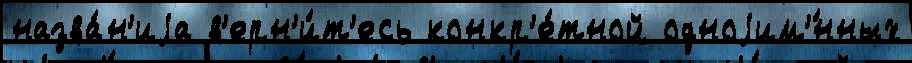
назва́н'иjа в'ерн'и́т'есь конкр'е́тной одноjим'́нных